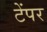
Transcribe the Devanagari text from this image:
टेंपर